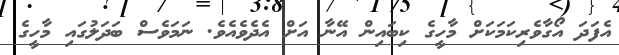
އެފަދަ އޯގާވެރިކަމަކަށް މާހީގެ ކިބައިން އޭނާ އަށް އެދެވެއެވެ. ނަމަވެސް ބަދަލުގައި މާހީގެ